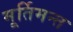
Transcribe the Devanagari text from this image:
मूर्तिमन्त